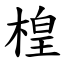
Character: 楻